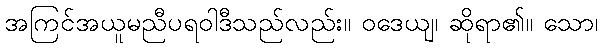
အကြင်အယူမညီပရဝါဒီသည်လည်း။ ဝဒေယျ၊ ဆိုရာ၏။ သော၊